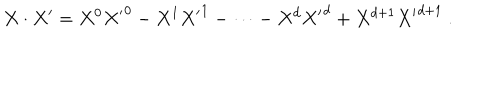
X \cdot X ^ { \prime } = { X ^ { 0 } } { X ^ { \prime } } ^ { 0 } - { X ^ { 1 } } { X ^ { \prime } } ^ { 1 } - \cdots - { X ^ { d } } { X ^ { \prime } } ^ { d } + X ^ { d + 1 } { X ^ { \prime } } ^ { d + 1 } \ .